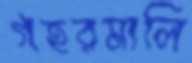
গহরমালি